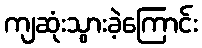
ကျဆုံးသွားခဲ့ကြောင်း